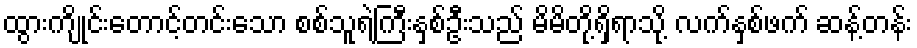
ထွားကျိုင်းတောင့်တင်းသော စစ်သူရဲကြီးနှစ်ဦးသည် မိမိတို့ရှိရာသို့ လက်နှစ်ဖက် ဆန့်တန်း